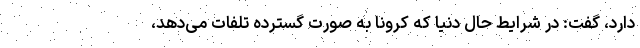
دارد، گفت: در شرایط حال دنیا که کرونا به صورت گسترده تلفات می‌دهد،